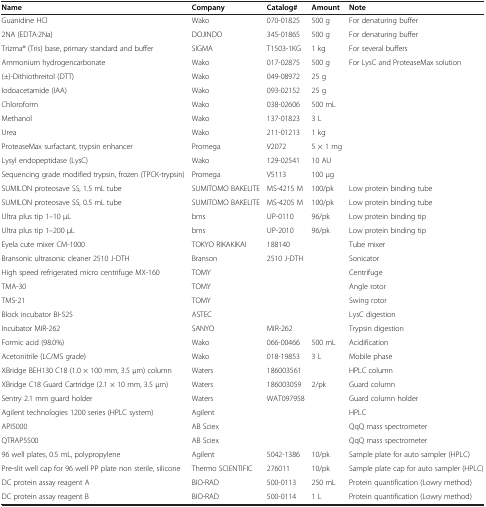
<table><thead><tr><td><b>Name</b></td><td><b>Company</b></td><td><b>Catalog#</b></td><td><b>Amount</b></td><td><b>Note</b></td></tr></thead><tbody><tr><td>Guanidine HCl</td><td>Wako</td><td>070-01825</td><td>500 g</td><td>For denaturing buffer</td></tr><tr><td>2NA (EDTA·2Na)</td><td>DOJINDO</td><td>345-01865</td><td>500 g</td><td>For denaturing buffer</td></tr><tr><td>Trizma® (Tris) base, primary standard and buffer</td><td>SIGMA</td><td>T1503-1KG</td><td>1 kg</td><td>For several buffers</td></tr><tr><td>Ammonium hydrogencarbonate</td><td>Wako</td><td>017-02875</td><td>500 g</td><td>For LysC and ProteaseMax solution</td></tr><tr><td>(±)-Dithiothreitol (DTT)</td><td>Wako</td><td>049-08972</td><td>25 g</td><td> </td></tr><tr><td>Iodoacetamide (IAA)</td><td>Wako</td><td>093-02152</td><td>25 g</td><td> </td></tr><tr><td>Chloroform</td><td>Wako</td><td>038-02606</td><td>500 mL</td><td> </td></tr><tr><td>Methanol</td><td>Wako</td><td>137-01823</td><td>3 L</td><td> </td></tr><tr><td>Urea</td><td>Wako</td><td>211-01213</td><td>1 kg</td><td> </td></tr><tr><td>ProteaseMax surfactant, trypsin enhancer</td><td>Promega</td><td>V2072</td><td>5 × 1 mg</td><td> </td></tr><tr><td>Lysyl endopeptidase (LysC)</td><td>Wako</td><td>129-02541</td><td>10 AU</td><td> </td></tr><tr><td>Sequencing grade modified trypsin, frozen (TPCK-trypsin)</td><td>Promega</td><td>V5113</td><td>100 μg</td><td> </td></tr><tr><td>SUMILON proteosave SS, 1.5 mL tube</td><td>SUMITOMO BAKELITE</td><td>MS-4215 M</td><td>100/pk</td><td>Low protein binding tube</td></tr><tr><td>SUMILON proteosave SS, 0.5 mL tube</td><td>SUMITOMO BAKELITE</td><td>MS-4205 M</td><td>100/pk</td><td>Low protein binding tube</td></tr><tr><td>Ultra plus tip 1–10 μL</td><td>bms</td><td>UP-0110</td><td>96/pk</td><td>Low protein binding tip</td></tr><tr><td>Ultra plus tip 1–200 μL</td><td>bms</td><td>UP-2010</td><td>96/pk</td><td>Low protein binding tip</td></tr><tr><td>Eyela cute mixer CM-1000</td><td>TOKYO RIKAKIKAI</td><td>188140</td><td> </td><td>Tube mixer</td></tr><tr><td>Bransonic ultrasonic cleaner 2510 J-DTH</td><td>Branson</td><td>2510 J-DTH</td><td> </td><td>Sonicator</td></tr><tr><td>High speed refrigerated micro centrifuge MX-160</td><td>TOMY</td><td> </td><td> </td><td>Centrifuge</td></tr><tr><td>TMA-30</td><td>TOMY</td><td> </td><td> </td><td>Angle rotor</td></tr><tr><td>TMS-21</td><td>TOMY</td><td> </td><td> </td><td>Swing rotor</td></tr><tr><td>Block incubator BI-525</td><td>ASTEC</td><td> </td><td> </td><td>LysC digestion</td></tr><tr><td>Incubator MIR-262</td><td>SANYO</td><td>MIR-262</td><td> </td><td>Trypsin digestion</td></tr><tr><td>Formic acid (98.0%)</td><td>Wako</td><td>066-00466</td><td>500 mL</td><td>Acidification</td></tr><tr><td>Acetonitrile (LC/MS grade)</td><td>Wako</td><td>018-19853</td><td>3 L</td><td>Mobile phase</td></tr><tr><td>XBridge BEH130 C18 (1.0 × 100 mm, 3.5 μm) column</td><td>Waters</td><td>186003561</td><td> </td><td>HPLC column</td></tr><tr><td>XBridge C18 Guard Cartridge (2.1 × 10 mm, 3.5 μm)</td><td>Waters</td><td>186003059</td><td>2/pk</td><td>Guard column</td></tr><tr><td>Sentry 2.1 mm guard holder</td><td>Waters</td><td>WAT097958</td><td> </td><td>Guard column holder</td></tr><tr><td>Agilent technologies 1200 series (HPLC system)</td><td>Agilent</td><td> </td><td> </td><td>HPLC</td></tr><tr><td>API5000</td><td>AB Sciex</td><td> </td><td> </td><td>QqQ mass spectrometer</td></tr><tr><td>QTRAP5500</td><td>AB Sciex</td><td> </td><td> </td><td>QqQ mass spectrometer</td></tr><tr><td>96 well plates, 0.5 mL, polypropylene</td><td>Agilent</td><td>5042-1386</td><td>10/pk</td><td>Sample plate for auto sampler (HPLC)</td></tr><tr><td>Pre-slit well cap for 96 well PP plate non sterile, silicone</td><td>Thermo SCIENTIFIC</td><td>276011</td><td>10/pk</td><td>Sample plate cap for auto sampler (HPLC)</td></tr><tr><td>DC protein assay reagent A</td><td>BIO-RAD</td><td>500-0113</td><td>250 mL</td><td>Protein quantification (Lowry method)</td></tr><tr><td>DC protein assay reagent B</td><td>BIO-RAD</td><td>500-0114</td><td>1 L</td><td>Protein quantification (Lowry method)</td></tr></tbody></table>